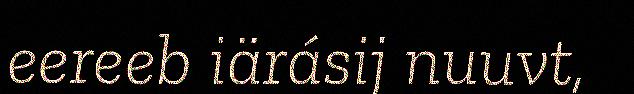
eereeb iärásij nuuvt,